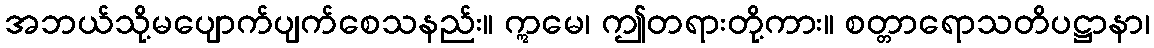
အဘယ်သို့မပျောက်ပျက်စေသနည်း။ ဣမေ၊ ဤတရားတို့ကား။ စတ္တာရောသတိပဋ္ဌာနာ၊